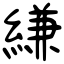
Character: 縑